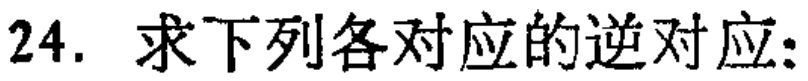
24. 求下列各对应的逆对应: